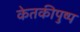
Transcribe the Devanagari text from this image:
केतकीपुष्प